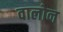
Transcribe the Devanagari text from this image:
वालोन